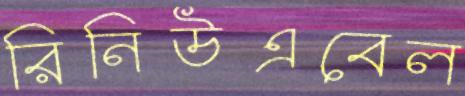
রিনিউএবেল